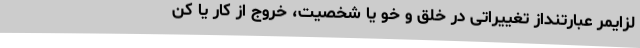
لزایمر عبارتنداز تغییراتی در خلق و خو یا شخصیت، خروج از کار یا کن